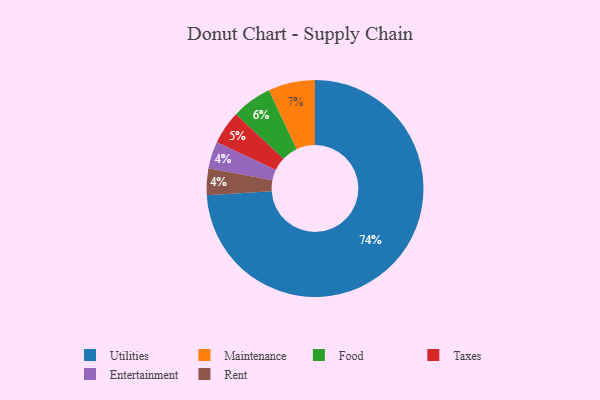
{"axis": {"x": "Category", "y": "Percentage"}, "legend": ["Entertainment", "Food", "Maintenance", "Rent", "Taxes", "Utilities"], "data": [{"x": "Entertainment", "y": 4, "type": "Entertainment"}, {"x": "Maintenance", "y": 7, "type": "Maintenance"}, {"x": "Taxes", "y": 5, "type": "Taxes"}, {"x": "Food", "y": 6, "type": "Food"}, {"x": "Utilities", "y": 74, "type": "Utilities"}, {"x": "Rent", "y": 4, "type": "Rent"}]}